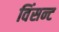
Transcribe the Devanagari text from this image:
विंसन्ट